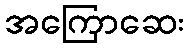
အကြောဆေး